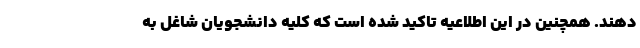
دهند. همچنین در این اطلاعیه تاکید شده است که کلیه دانشجویان شاغل به